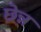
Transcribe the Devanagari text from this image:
छेन्न